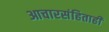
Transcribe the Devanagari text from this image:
आचारसंहिताही